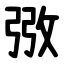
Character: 㢸